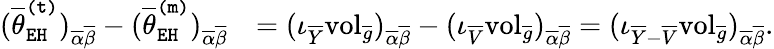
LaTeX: \begin{array}{rl}{(\overline{{\theta}}_{\mathtt{EH}}^{\mathtt{(t)}})_{\overline{{\alpha}}\overline{{\beta}}}-(\overline{{\theta}}_{\mathtt{EH}}^{\mathtt{(m)}})_{\overline{{\alpha}}\overline{{\beta}}}}&{=(\iota_{\overline{{Y}}}\mathrm{vol}_{\overline{{g}}})_{\overline{{\alpha}}\overline{{\beta}}}-(\iota_{\overline{{V}}}\mathrm{vol}_{\overline{{g}}})_{\overline{{\alpha}}\overline{{\beta}}}=(\iota_{\overline{{Y}}-\overline{{V}}}\mathrm{vol}_{\overline{{g}}})_{\overline{{\alpha}}\overline{{\beta}}}.}\end{array}